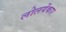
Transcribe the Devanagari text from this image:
लोलयेंकार